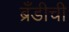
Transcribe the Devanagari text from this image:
ब्रँडीची